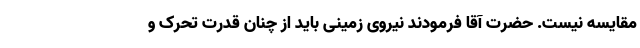
مقایسه نیست. حضرت آقا فرمودند نیروی زمینی باید از چنان قدرت تحرک و